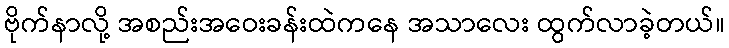
ဗိုက်နာလို့ အစည်းအဝေးခန်းထဲကနေ အသာလေး ထွက်လာခဲ့တယ်။